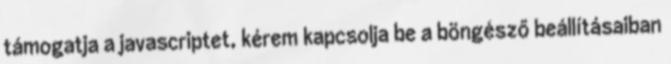
támogatja a javascriptet, kérem kapcsolja be a böngésző beállításaiban